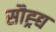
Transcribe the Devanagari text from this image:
सौह्र्द्य